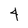
Character: 4